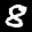
Label: 8